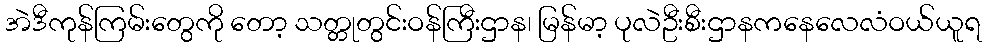
အဲဒီကုန်ကြမ်းတွေကို တော့ သတ္တုတွင်းဝန်ကြီးဌာန၊ မြန်မာ့ ပုလဲဦးစီးဌာနကနေလေလံဝယ်ယူရ